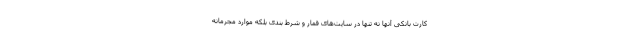
کارت بانکی آنها نه تنها در سایت‌های قمار و شرط بندی بلکه موارد مجرمانه